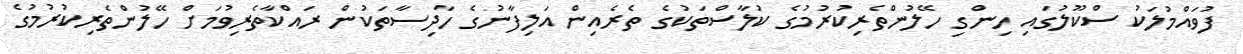
ފުވައްމުލަކު ސްކޫލުގައި ހިންގި ހޭލުންތެރިކުރުމުގެ ކުލާސްތަކުގެ ތެރެއިން އަލިފާނުގެ ހާދިސާތަކުން ރައްކާތެރިވުމަށް ހޭލުންތެރިކުރުމުގެ